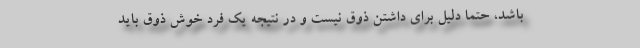
باشد، حتما دلیل برای داشتن ذوق نیست و در نتیجه یک فرد خوش ذوق باید